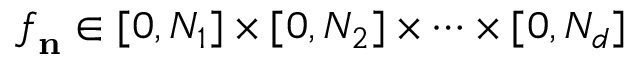
{ \boldsymbol { f } } _ { \mathbf { n } } \in [ 0 , N _ { 1 } ] \times [ 0 , N _ { 2 } ] \times \cdots \times [ 0 , N _ { d } ]